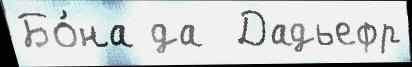
Бо́на да  Дадьефр